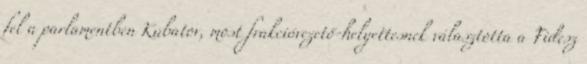
fel a parlamentben Kubatov, most frakcióvezető-helyettesnek választotta a Fidesz